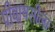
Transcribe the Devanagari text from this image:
पीवायसीला